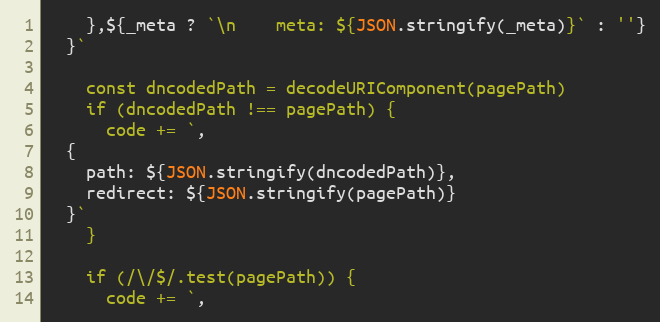
Language: JavaScript
    },${_meta ? `\n    meta: ${JSON.stringify(_meta)}` : ''}
  }`

    const dncodedPath = decodeURIComponent(pagePath)
    if (dncodedPath !== pagePath) {
      code += `,
  {
    path: ${JSON.stringify(dncodedPath)},
    redirect: ${JSON.stringify(pagePath)}
  }`
    }

    if (/\/$/.test(pagePath)) {
      code += `,